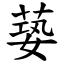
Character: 蒆